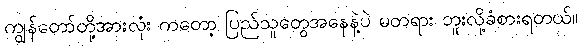
ကျွန်တော်တို့အားလုံး ကတော့ ပြည်သူတွေအနေနဲ့ပဲ မတရား ဘူးလို့ခံစားရတယ်။